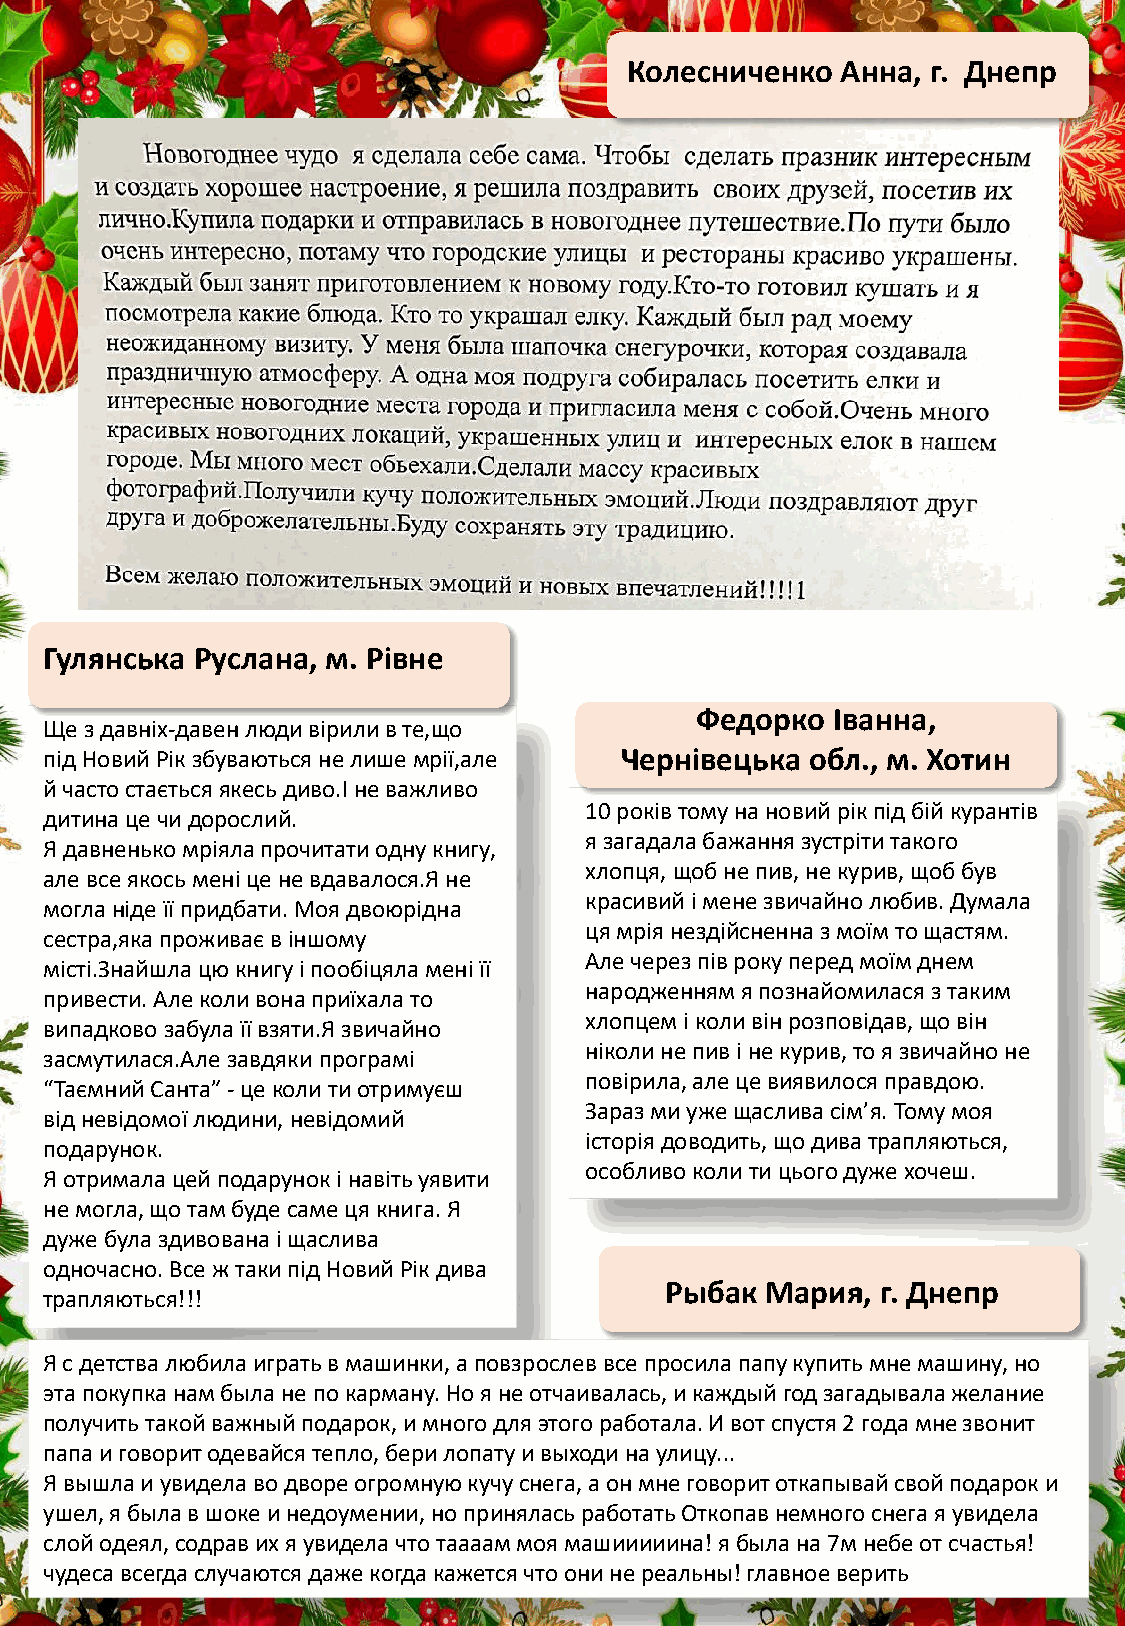
Колесниченко  Анна, г. Днепр
 Гулянська Руслана, м. Рівне
 Федорко  Іванна,
 Щез давніх-давенлюди вірилив те,що
 підНовийРікзбуваютьсяне лишемрії,але  Чернівецька  обл., м. Хотин
 й часто стаєтьсяякесьдиво.Іне важливо
 10 роківтому на новийрікпідбійкурантів
 дитинацечидорослий.
 я загадала бажаннязустрітитакого
 Я давненько мріялапрочитатиодну книгу,
 хлопця, щобне пив, не курив, щоббув
 але все якосьменіцене вдавалося.Яне
 красивийі мене звичайнолюбив. Думала
 могла нідеїїпридбати. Моя двоюрідна
 цямріянездійсненна з моїмто щастям.
 сестра,якапроживаєв іншому
 Але через півроку перед моїмднем
 місті.Знайшлацюкнигу і пообіцяламеніїї
 народженнямя познайомилася з таким
 привести. Але коли вона приїхалато
 хлопцем і коли вінрозповідав, щовін
 випадковозабулаїївзяти.Язвичайно
 ніколине пив і не курив, то я звичайноне
 засмутилася.Але завдяки програмі
 повірила, але цевиявилося правдою.
 “ТаємнийСанта” -цеколи тиотримуєш
 Зараз ми уже щасливасім’я. Тому моя
 відневідомоїлюдини, невідомий
 історіядоводить, щодива трапляються,
 подарунок.
 особливо коли тицьогодужехочеш.
 Я отрималацейподарунокі навітьуявити
 не могла, щотам буде самецякнига. Я
 дужебулаздивованаі щаслива
 одночасно. Все ж таки підНовийРікдива
 Рыбак  Мария, г. Днепр
 трапляються!!!
 Я с детства любила играть в машинки, а повзрослев все просила папу купить мне машину, но
 эта покупка нам была не по карману. Но я не отчаивалась, и каждый год загадывала желание
 получить такой важный подарок, и много для этого работала. И вот спустя 2 года мне звонит
 папа и говорит одевайся тепло, бери лопату и выходи на улицу...
 Я вышла и увидела во дворе огромную кучу снега, а он мне говорит откапывай свой подарок и
 ушел, я была в шоке и недоумении, но принялась работать Откопав немного снега я увидела
 слой одеял, содрав их я увидела что тааааммоя машииииина! я была на 7м небе от счастья!
 чудеса всегда случаются даже когда кажется что они не реальны! главное верить